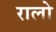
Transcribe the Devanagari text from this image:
रालो